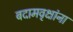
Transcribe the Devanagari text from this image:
बदामवृक्षांना